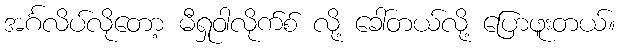
အင်္ဂလိပ်လိုတော့ မီရှုဝါလိုက်စ် လို့ ခေါ်တယ်လို့ ပြောဖူးတယ်။